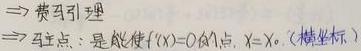
$\Rightarrow$ 费马引理

$\Rightarrow$ 驻点：是能使$f'(x)=0$的点，$x = x_0$（横坐标）